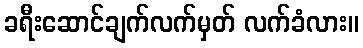
ခရီးဆောင်ချက်လက်မှတ် လက်ခံလား။